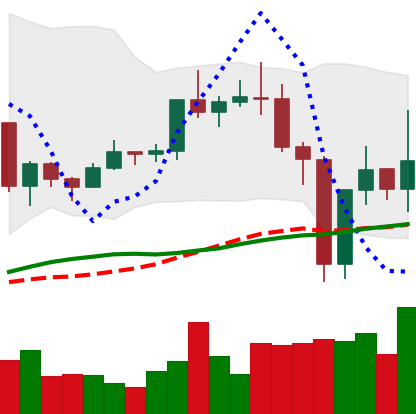
Ticker: TRX-USD
Chart end date: 2020-12-27
Forward return: -6.608%
Label: down_5_7